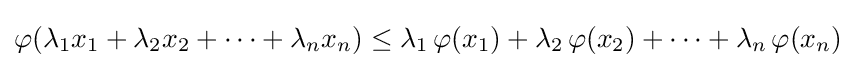
\varphi (\lambda _{1}x_{1}+\lambda _{2}x_{2}+\cdots +\lambda _{n}x_{n})\leq \lambda _{1}\,\varphi (x_{1})+\lambda _{2}\,\varphi (x_{2})+\cdots +\lambda _{n}\,\varphi (x_{n})